Annual administration report of the Civil Veterinary Department of India - 1894-1895
Year: 1894
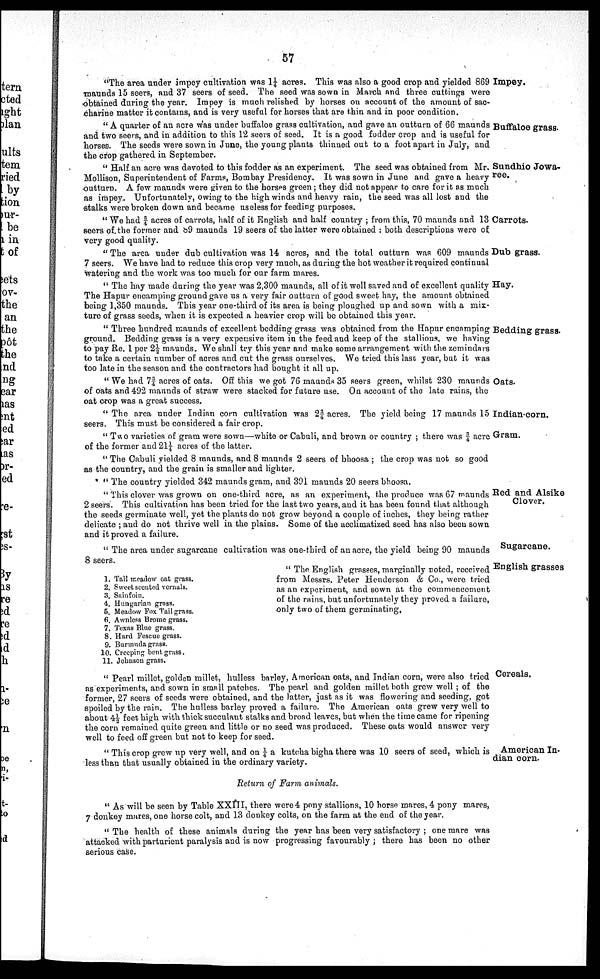
57
Impey.
"The area under impey cultivation was 1¼ acres. This was also a good crop and yielded 869
maunds 15 seers, and 37 seers of seed. The seed was sown in March and three cuttings were
obtained during the year. Impey is much relished by horses on account of the amount of sac-
charine matter it contains, and is very useful for horses that are thin and in poor condition.
Buffaloe grass.
" A quarter of an acre was under buffaloe grass cultivation, and gave an outturn of 66 maunds
and two seers, and in addition to this 12 seers of seed. It is a good fodder crop and is useful for
horses. The seeds were sown in June, the young plants thinned out to a foot apart in July, and
the crop gathered in September.
Sundhio Jowa-
ree.
" Half an acre was devoted to this fodder as an experiment. The seed was obtained from Mr.
Mollison, Superintendent of Farms, Bombay Presidency. It was sown in June and gave a heavy
outturn. A few maunds were given to the horses green; they did not appear to care for it as much
as impey. Unfortunately, owing to the high winds and heavy rain, the seed was all lost and the
stalks were broken down and became useless for feeding purposes.
Carrots.
" We had ¾ acres of carrots, half of it English and half country ; from this, 70 maunds and 13
seers of the former and o9 maunds 19 seers of the latter were obtained : both descriptions were of,
very good quality.
Dub grass.
" The area under dub cultivation was 14 acres, and the total outturn was 609 maunds
7 seers. We have had to reduce this crop very much, as during the hot weather it required continual
watering and the work was too much for our farm mares.
Hay.
" The hay made during the year was 2,300 maunds, all of it well saved and of excellent quality
The Hapur encamping ground gave us a very fair outturn of good sweet hay, the amount obtained
being 1,350 maunds. This year one-third of its area is being ploughed up and sown with a mix-
ture of grass seeds, when it is expected a heavier crop will be obtained this year.
Bedding grass.
" Three hundred maunds of excellent bedding grass was obtained from the Hapur encamping
ground. Bedding grass is a very expensive item in the feed and keep of the stallions, we having
to pay Re. 1 per 2½ maunds. We shall try this year and make some arrangement with the zemindars
to take a certain number of acres and cut the grass ourselves. We tried this last year, but it was
too late in the season and the contractors had bought it all up.
Oats.
" We had 7¾ acres of oats. Off this we got 76 maunds 35 seers green, whilst 230 maunds
of oats and 492 maunds of straw were stacked for future use. On account of the late rains, the
oat crop was a great success.
Indian-corn.
"The area under Indian corn cultivation was 2¾ acres. The yield being 17 maunds 15
seers. This must be considered a fair crop.
Gram.
" Two varieties of gram were sown—white or Cabuli, and brown or country ; there was ¾ acre
of the former and 21¼ acres of the latter.
" The Cabuli yielded 8 maunds, and 8 maunds 2 seers of bhoosa ; the crop was not so good
as the country, and the grain is smaller and lighter.
" The country yielded 342 maunds gram, and 391 maunds 20 seers bhoosa.
Red and Alsike
Clover.
" This clover was grown on one-third acre, as an experiment, the produce was 67 maunds
2 seers. This cultivation has been tried for the last two years, and it has been found that although
the seeds germinate well, yet the plants do not grow beyond a couple of inches, they being rather
delicate ; and do not thrive well in the plains. Some of the acclimatized seed has also been sown
and it proved a failure.
Sugarcane.
" The area under sugarcane cultivation was one-third of an acre, the yield being 90 maunds
8 seers.
1.
2.
3.
4.
5.
6.
7.
8.
9.
10.
11.
Tall meadow oat grass.
Sweet scented yernals.
Sainfoin.
Hungarian grass.
Meadow Fox Tail grass.
Awnless Brome grass.
Texas Blue grass.
Hard Fescue grass.
Burmuda grass.
Creeping bent grass.
Johnson grass.
English grasses
" The English grasses, marginally noted, received
from Messrs. Peter Henderson & Co., were tried
as an experiment, and sown at the commencement
of the rains, but unfortunately they proved a failure,
only two of them germinating,
Cereals.
" Pearl millet, golden millet, hulless barley, American oats, and Indian corn, were also tried
as experiments, and sown in small patches. The pearl and golden millet both grew well ; of the
former, 27 seers of seeds were obtained, and the latter, just as it was flowering and seeding, got
spoiled by the rain. The hulless barley proved a failure. The American oats grew very well to
about 4½ feet high with thick succulant stalks and broad leaves, but when the time came for ripening
the corn remained quite green and little or no seed was produced. These oats would answer very
well to feed off green but not to keep for seed.
American In-
dian corn.
" This crop grew up very well, and on ¼ a kutcha bigha there was 10 seers of seed, which is
less than that usually obtained in the ordinary variety.
Return of Farm animals.
" As will be seen by Table XXIII, there were 4 pony stallions, 10 horse mares, 4 pony mares,
7 donkey mares, one horse colt, and 13 donkey colts, on the farm at the end of the year.
" The health of these animals during the year has been very satisfactory ; one mare was
attacked with parturient paralysis and is now progressing favourably ; there has been no other
serious case.